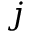
j